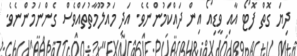
ދިޔަ ގޮތް ފޮޓޯ އާއި ވީޑިއޯ އިން ދައްކަމުންނެވެ. އަދި މައުލޫމާތުތައްވެސް ގެންނަމުންނެވެ.